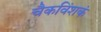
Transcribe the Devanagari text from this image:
चैकविंशकं